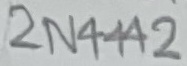
Text: 2N4442